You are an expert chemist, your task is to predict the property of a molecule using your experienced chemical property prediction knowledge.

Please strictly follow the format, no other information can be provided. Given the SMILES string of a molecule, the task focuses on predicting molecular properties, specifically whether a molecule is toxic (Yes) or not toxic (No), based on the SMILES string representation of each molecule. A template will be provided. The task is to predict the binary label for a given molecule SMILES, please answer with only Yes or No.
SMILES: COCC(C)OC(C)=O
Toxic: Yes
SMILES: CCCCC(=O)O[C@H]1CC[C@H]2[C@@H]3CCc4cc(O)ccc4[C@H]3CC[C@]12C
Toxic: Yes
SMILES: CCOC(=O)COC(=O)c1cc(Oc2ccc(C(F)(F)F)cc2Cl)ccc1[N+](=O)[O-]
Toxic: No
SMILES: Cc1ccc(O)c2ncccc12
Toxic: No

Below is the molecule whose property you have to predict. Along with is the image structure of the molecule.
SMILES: C#Cc1cccc(Nc2ncnc3cc(OCCOC)c(OCCOC)cc23)c1
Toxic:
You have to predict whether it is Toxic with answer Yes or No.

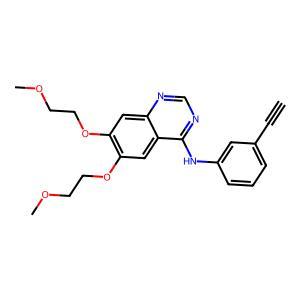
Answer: Yes